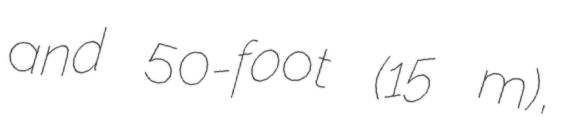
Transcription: and 50-foot (15 m),